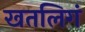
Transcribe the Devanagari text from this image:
खतलिगं